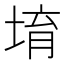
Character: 堉